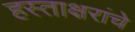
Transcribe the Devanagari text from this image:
हस्ताक्षरांचे